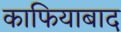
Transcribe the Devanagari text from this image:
काफियाबाद